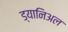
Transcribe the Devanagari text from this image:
ड्यानिअल